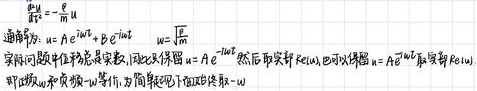
\[
\frac{\mathrm{d}u}{\mathrm{d}t}=-\frac{\mathrm{i}}{\hbar} u
\]
通解为：\(u = A \mathrm{e}^{\mathrm{i} \omega t}+B \mathrm{e}^{-\mathrm{i} \omega t}\)，\(\omega=\sqrt{\frac{1}{\hbar}}\)
实际问题中往往是实数，因此可以保留 \(u = A \mathrm{e}^{\mathrm{i} \omega t}\)，然后取实部 \(\operatorname{Re}(u)\)，也可以保留 \(u = A \mathrm{e}^{-\mathrm{i} \omega t}\) 取实部 \(\operatorname{Re}(u)\) 。